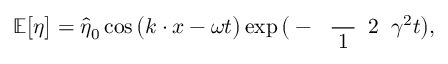
\mathbb { E } \big [ \eta \big ] = \widehat { \eta } _ { 0 } \cos \big ( \boldsymbol { k } \boldsymbol { \cdot } \boldsymbol { x } - \omega t \big ) \exp \big ( - \mathrm { ~ \scriptsize ~ \frac ~ { ~ 1 ~ } ~ { ~ 2 ~ } ~ } \gamma ^ { 2 } t \big ) ,